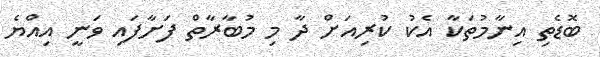
ބޮޑެތި އިނާމުތަކާ އެކު ކުރިއަށް ދާ މި މުބާރާތް ފަށާފައި ވަނީ އިއްޔެ